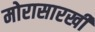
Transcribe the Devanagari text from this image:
मोरासारखी